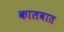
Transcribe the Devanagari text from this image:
कालवात